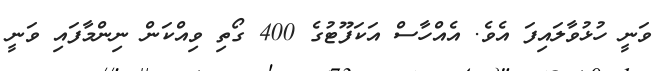
ވަނީ ހުޅުވާލައިފަ އެވެ. އެއްހާސް އަކަފޫޓުގެ 400 ގޯތި ވިއްކަން ނިންމާފައި ވަނީ